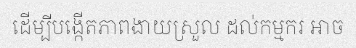
ដើម្បីបង្កើតភាពងាយស្រួល ដល់កម្មករ អាច